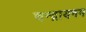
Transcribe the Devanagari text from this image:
चन्द्रायनम